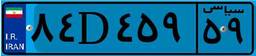
۹۳D۶۳۷۶۵